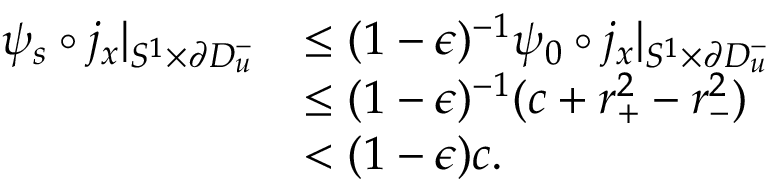
\begin{array} { r l } { \psi _ { s } \circ j _ { x } | _ { S ^ { 1 } \times \partial D _ { u } ^ { - } } } & { \leq ( 1 - \epsilon ) ^ { - 1 } \psi _ { 0 } \circ j _ { x } | _ { S ^ { 1 } \times \partial D _ { u } ^ { - } } } \\ & { \leq ( 1 - \epsilon ) ^ { - 1 } ( c + r _ { + } ^ { 2 } - r _ { - } ^ { 2 } ) } \\ & { < ( 1 - \epsilon ) c . } \end{array}